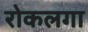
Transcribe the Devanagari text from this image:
रोकलगा